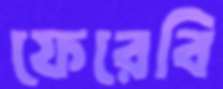
ফেরেবি